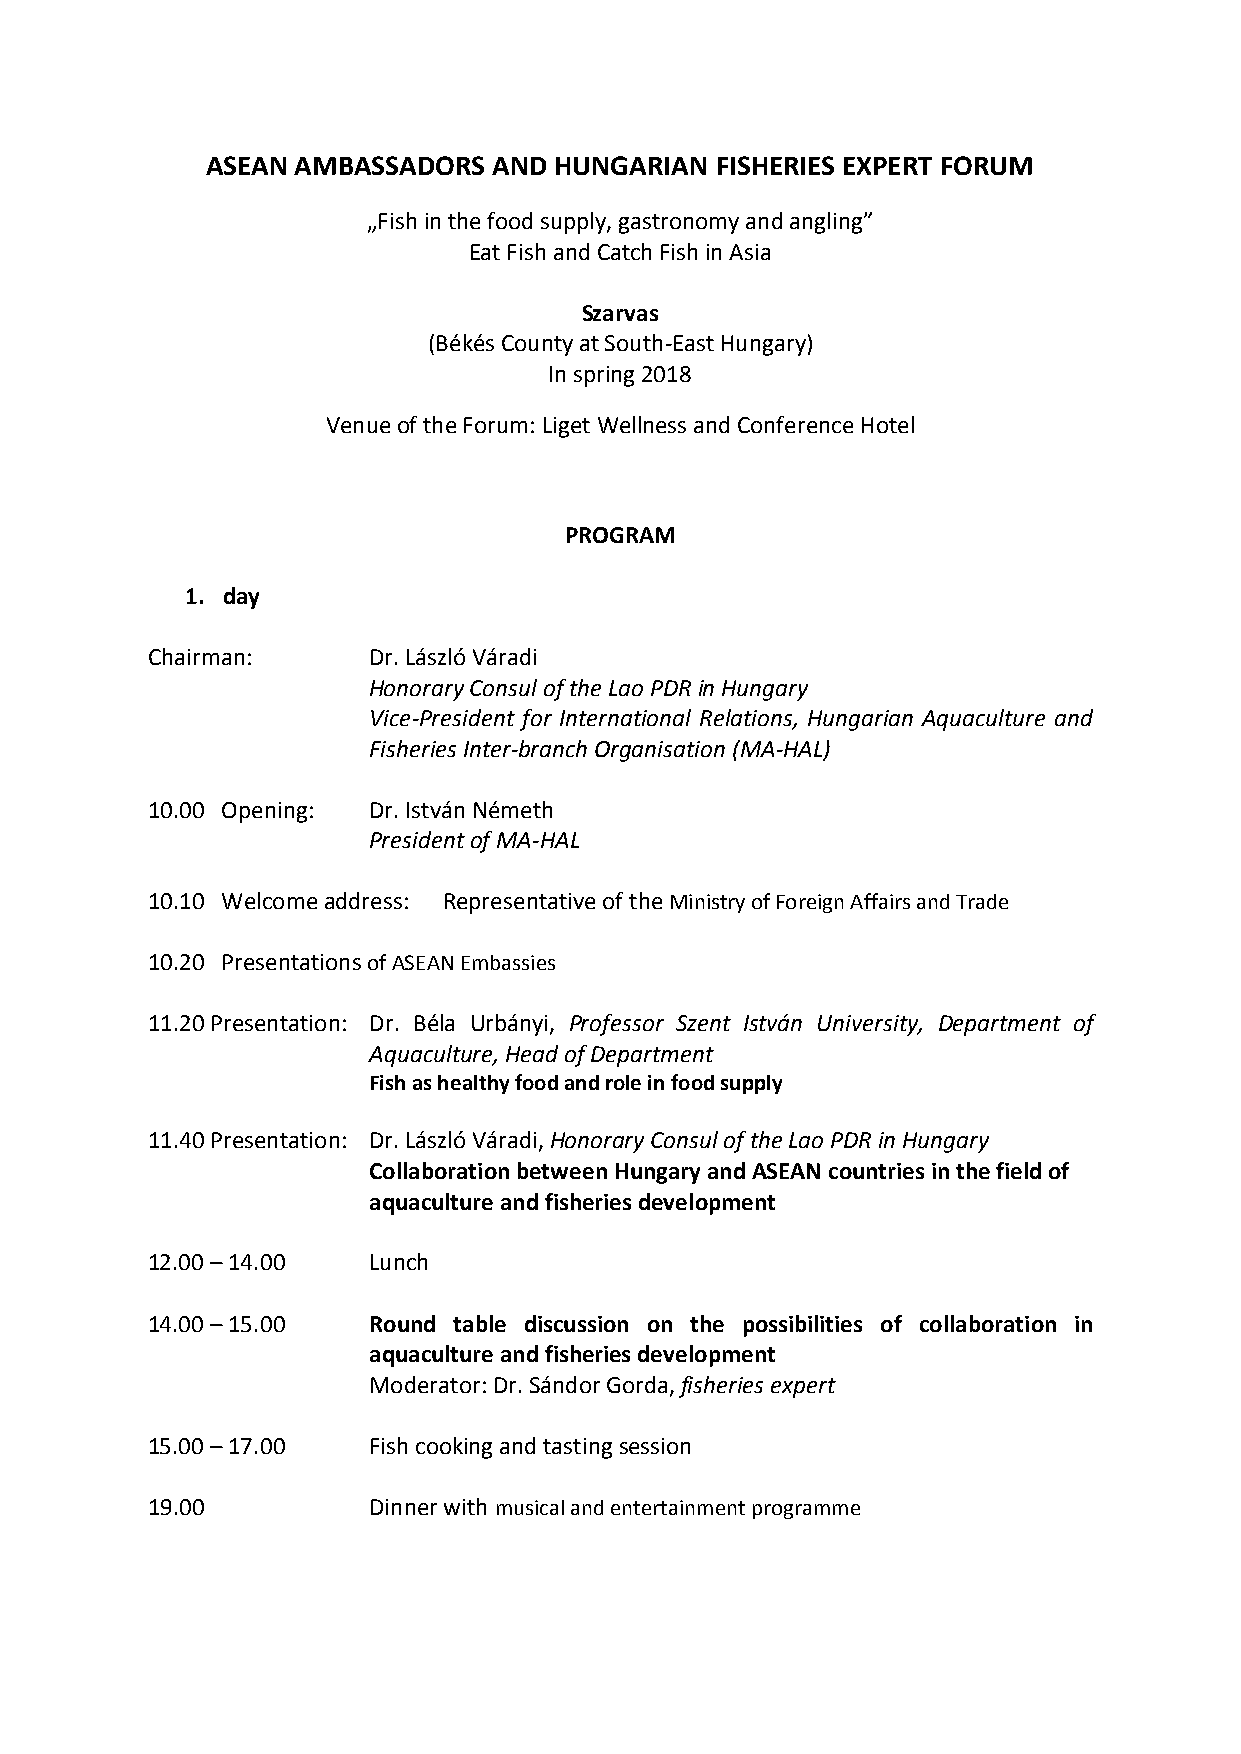
ASEAN AMBASSADORS  AND HUNGARIAN FISHERIES EXPERT FORUM
 „Fish in the food supply, gastronomy and angling”
 Eat Fish and Catch Fish in Asia
 Szarvas
 (Békés County at South-East Hungary)
 In spring 2018
 Venue of the Forum: Liget Wellness and Conference Hotel
 PROGRAM
 1. day
 Chairman:     Dr. László Váradi
 Honorary Consul of the Lao PDR in Hungary
 Vice-President for International Relations, Hungarian Aquaculture and
 Fisheries Inter-branch Organisation (MA-HAL)
 10.00 Opening: Dr. István Németh
 President of MA-HAL
 10.10 Welcome address: Representative of the Ministry of Foreign Affairs and Trade
 10.20 Presentations of ASEAN Embassies
 11.20 Presentation: Dr. Béla Urbányi, Professor Szent István University, Department of
 Aquaculture, Head of Department
 Fish as healthy food and role in food supply
 11.40 Presentation: Dr. László Váradi, Honorary Consul of the Lao PDR in Hungary
 Collaboration between Hungary and ASEAN countries in the field of
 aquaculture and fisheries development
 12.00 – 14.00 Lunch
 14.00 – 15.00 Round table discussion on the possibilities of collaboration in
 aquaculture and fisheries development
 Moderator: Dr. Sándor Gorda, fisheries expert
 15.00 – 17.00 Fish cooking and tasting session
 19.00         Dinner with musical and entertainment programme